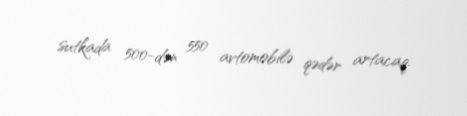
sutkada 500-dən 550 avtomobilə qədər artacaq.